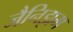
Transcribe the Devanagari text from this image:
जैनिझम